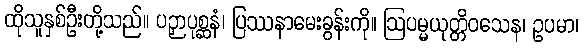
ထိုသူနှစ်ဦးတို့သည်။ ပဉှာပုစ္ဆနံ၊ ပြဿနာမေးခွန်းကို။ ဩပမ္မယုတ္တိဝသေန၊ ဥပမာ၊